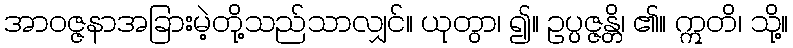
အာဝဇ္ဇနာအခြားမဲ့တို့သည်သာလျှင်။ ယုတွာ၊ ၍။ ဥပ္ပဇ္ဇန္တိ၊ ၏။ ဣတိ၊ သို့။